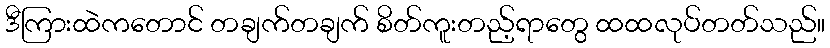
ဒီကြားထဲကတောင် တချက်တချက် စိတ်ကူးတည့်ရာတွေ ထထလုပ်တတ်သည်။